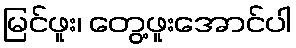
မြင်ဖူး၊ တွေ့ဖူးအောင်ပါ